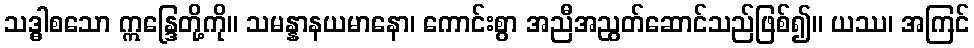
သဒ္ဓါစသော ဣန္ဒြေတို့ကို။ သမန္နာနယမာနော၊ ကောင်းစွာ အညီအညွတ်ဆောင်သည်ဖြစ်၍။ ယဿ၊ အကြင်